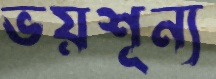
ভয়শূন্য